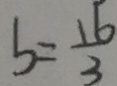
b = \frac { 1 6 } { 3 }